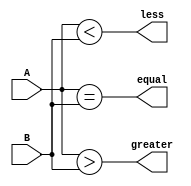
module comparator(
    input [1:0] A, // 2-bit binary input A
    input [1:0] B, // 2-bit binary input B
    output equal, // equality flag
    output greater, // greater than flag
    output less // less than flag
);

assign equal = (A == B);
assign greater = (A > B);
assign less = (A < B);

endmodule